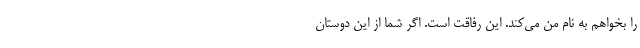
را بخواهم به نام من می‌کند. این رفاقت است. اگر شما از این دوستان